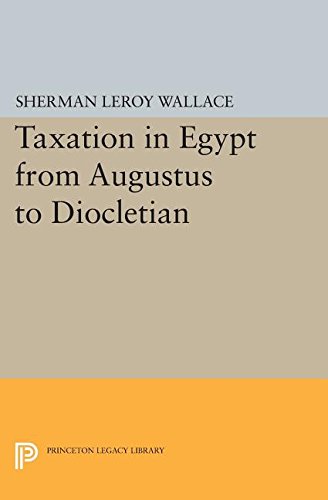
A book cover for Taxation in Egypt from Augustus to Diocletian (Princeton Legacy Library); Sherman LeRoy Wallace; Science & Math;